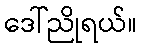
ဒေါ်ညိုရယ်။